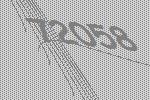
72058